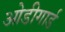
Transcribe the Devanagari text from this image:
ओडीगार्ड